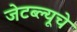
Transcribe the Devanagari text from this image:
जेटब्ल्यूचे